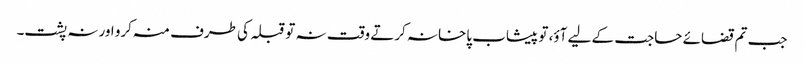
جب تم قضائے حاجت کے لیے آؤ، تو پیشاب پاخانہ کرتے وقت نہ تو قبلہ کی طرف منہ کرو اور نہ پشت۔